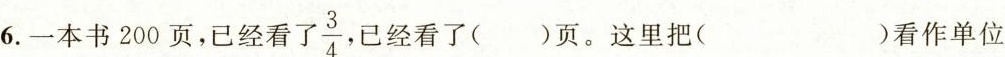
6.一本书 200 页,已经看了\frac{3}{4}，已经看了（）页。这里把()看作单位